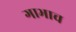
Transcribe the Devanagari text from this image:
गाभाच